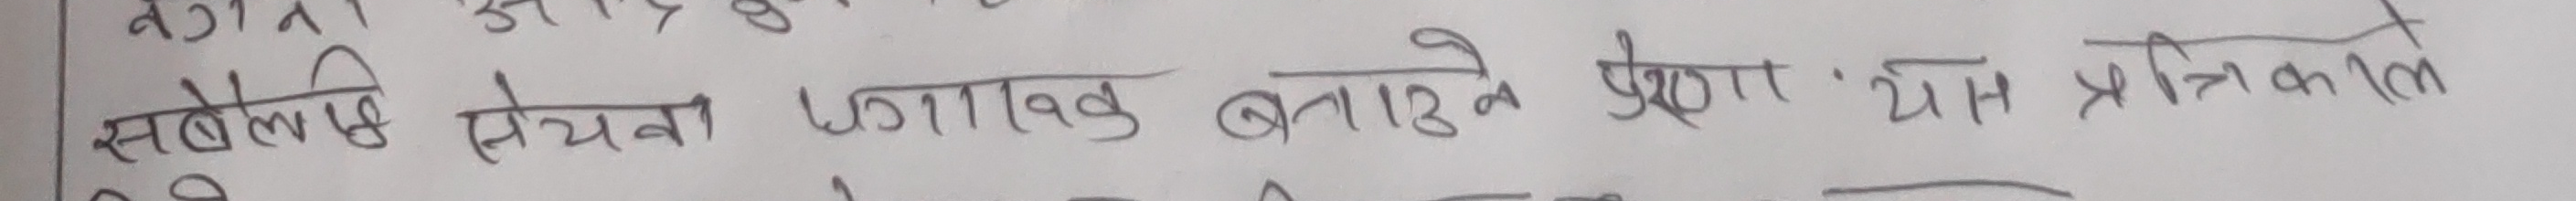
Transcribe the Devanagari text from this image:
सबैभन्दा उपयोगी खाद्यान्न बनाउने प्रेरणा यन्त्रिकाले